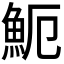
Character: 𩵡